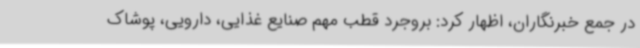
در جمع خبرنگاران، اظهار کرد: بروجرد قطب مهم صنایع غذایی، دارویی، پوشاک